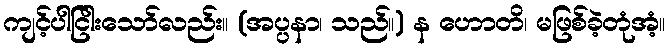
ကျင့်ပါငြါးသော်လည်း။ (အပ္ပနာ၊ သည်။) န ဟောတိ၊ မဖြစ်ခဲ့တုံအံ့။